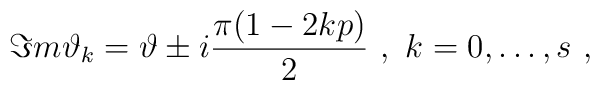
\Im m\vartheta _{k}=\vartheta \pm i\frac{\pi (1-2kp)}{2}\, \, ,\, \, k=0,\ldots ,s\, \, ,